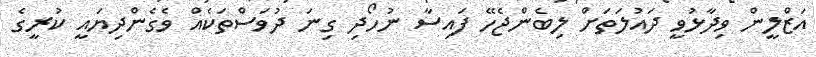
އަޒްލީން ވިދާޅުވީ ދައުލަތަށް ލިބެންޖެހޭ ފައިސާ ނުހޯދި ގިނަ ދުވަސްތަކެއް ވެގެންދިޔައީ ކުރީގެ